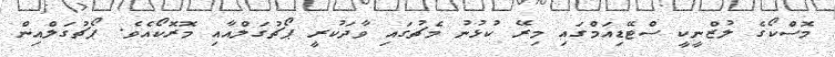
މޮސްކޯގެ ލުޒްނީކީ ސްޓޭޑިއަމްގައި މިރޭ ކުޅުނު މެޗުގައި ވާދަކުރީ ޕޯޗުގަލްއާއި މޮރޮކޯއެވެ. ޕޯޗުގަލްއިން